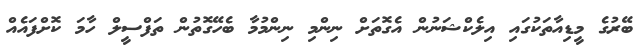
ބޭރުގެ މީޑިއާތަކުގައި އިލެކްޝަނުން އެގޮތަށް ނިންމި ނިންމުމާ ބެހޭގޮތުން ތަފްސީލް ހާމަ ކޮށްފައެއް